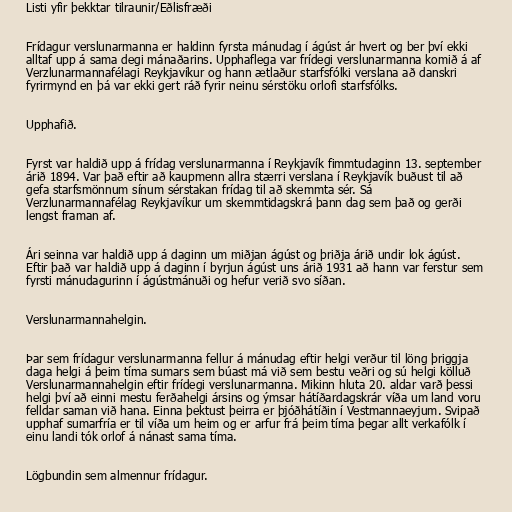
Listi yfir þekktar tilraunir/Eðlisfræði

Frídagur verslunarmanna er haldinn fyrsta mánudag í ágúst ár hvert og ber því ekki
alltaf upp á sama degi mánaðarins. Upphaflega var frídegi verslunarmanna komið á af
Verzlunarmannafélagi Reykjavíkur og hann ætlaður starfsfólki verslana að danskri
fyrirmynd en þá var ekki gert ráð fyrir neinu sérstöku orlofi starfsfólks.

Upphafið.

Fyrst var haldið upp á frídag verslunarmanna í Reykjavík fimmtudaginn 13. september
árið 1894. Var það eftir að kaupmenn allra stærri verslana í Reykjavík buðust til að
gefa starfsmönnum sínum sérstakan frídag til að skemmta sér. Sá
Verzlunarmannafélag Reykjavíkur um skemmtidagskrá þann dag sem það og gerði
lengst framan af.

Ári seinna var haldið upp á daginn um miðjan ágúst og þriðja árið undir lok ágúst.
Eftir það var haldið upp á daginn í byrjun ágúst uns árið 1931 að hann var ferstur sem
fyrsti mánudagurinn í ágústmánuði og hefur verið svo síðan.

Verslunarmannahelgin.

Þar sem frídagur verslunarmanna fellur á mánudag eftir helgi verður til löng þriggja
daga helgi á þeim tíma sumars sem búast má við sem bestu veðri og sú helgi kölluð
Verslunarmannahelgin eftir frídegi verslunarmanna. Mikinn hluta 20. aldar varð þessi
helgi því að einni mestu ferðahelgi ársins og ýmsar hátíðardagskrár víða um land voru
felldar saman við hana. Einna þektust þeirra er þjóðhátíðin í Vestmannaeyjum. Svipað
upphaf sumarfría er til víða um heim og er arfur frá þeim tíma þegar allt verkafólk í
einu landi tók orlof á nánast sama tíma.

Lögbundin sem almennur frídagur.